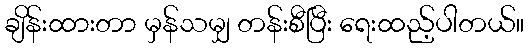
ချိန်းထားတာ မှန်သမျှ တန်းစီပြီး ရေးထည့်ပါတယ်။